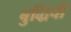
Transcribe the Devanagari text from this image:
बुद्धिची